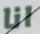
انا